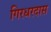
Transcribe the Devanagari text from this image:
गिरधरदास